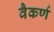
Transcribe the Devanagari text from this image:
वैकर्ण